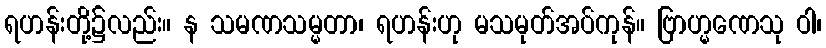
ရဟန်းတို့၌လည်း။ န သမဏသမ္မတာ၊ ရဟန်းဟု မသမုတ်အပ်ကုန်။ ဗြာဟ္မဏေသု ဝါ၊